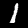
Digit: 1